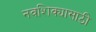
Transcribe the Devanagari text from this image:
नवशिक्यासाठी